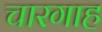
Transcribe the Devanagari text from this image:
चारगाह